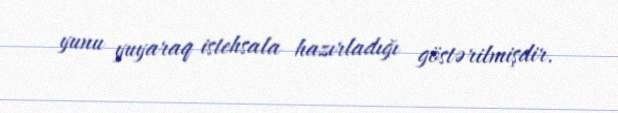
yunu yuyaraq istehsala hazırladığı göstərilmişdir.